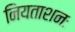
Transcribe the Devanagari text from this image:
नियताशनः